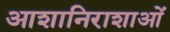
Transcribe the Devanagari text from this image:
आशानिराशाओं